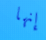
إنها